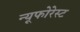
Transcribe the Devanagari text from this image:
न्यूफोरेस्ट